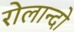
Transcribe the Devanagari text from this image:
रोलान्दो